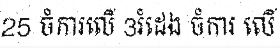
25 ចំការលើ 3រំដេង ចំការ លើ